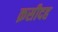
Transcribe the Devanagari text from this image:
क़सीदह